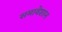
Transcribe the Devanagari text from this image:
समावेशान